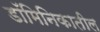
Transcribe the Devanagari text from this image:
डॉमिनिकातील